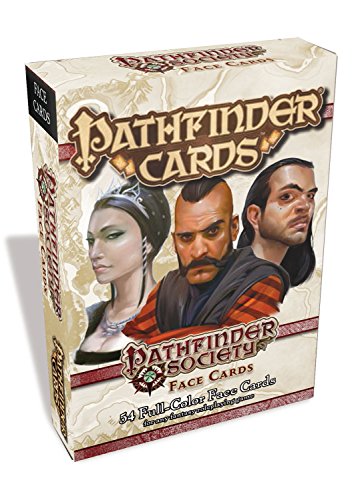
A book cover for Pathfinder Cards: Pathfinder Society Face Cards Deck; Paizo Publishing; Science Fiction & Fantasy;